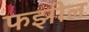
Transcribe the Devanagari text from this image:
फझील